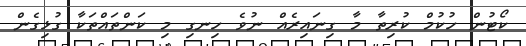
ކޯޓުން ހުކުމް ކުރިތާ މާ ގިނައިރެއް ނުވެ ހިނގި މި ކަންތައްތަކާ ގުޅިގެން